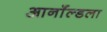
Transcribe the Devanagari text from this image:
आर्नॉल्डला